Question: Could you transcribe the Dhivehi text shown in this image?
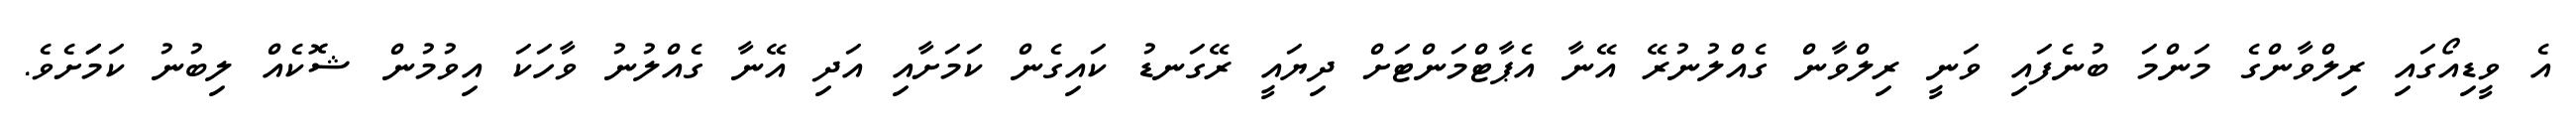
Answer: އެ ވީޑިއޯގައި ރިލްވާންގެ މަންމަ ބުނެފައި ވަނީ ރިލްވާން ގެއްލުނުރޭ އޭނާ އެޕާޓްމަންޓަށް ދިޔައީ ރޭގަނޑު ކައިގެން ކަމަށާއި އަދި އޭނާ ގެއްލުނު ވާހަކަ އިވުމުން ޝޮކެއް ލިބުނު ކަމަަށެވެ.